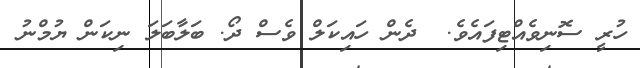
ހުރީ ސޮނިވެއްޓިފައެވެ.  ދެން ހައިކަލް ވެސް ދޯ. ބަލާބަލަ ނިކަން ޔުމްނު